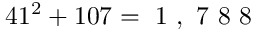
4 1 ^ { 2 } + 1 0 7 = \mathrm { ~ 1 ~ , ~ 7 ~ 8 ~ 8 ~ }